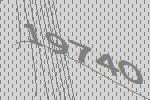
19740